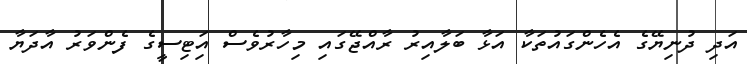
އަދި ދުނިޔޭގެ އެހެންގައުތަކާ އަޅާ ބަލާއިރު ރާއްޖޭގައި މިހާރުވެސް އަިޓިސީގެ ފެންވަރު އާދަޔާ